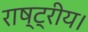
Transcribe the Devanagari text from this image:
राष्ट्रीय।